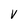
Character: v